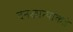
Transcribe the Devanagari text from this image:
वनखात्याकडे